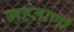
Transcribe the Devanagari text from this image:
महंताणी